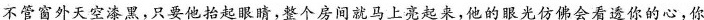
不管窗外天空漆黑，只要他抬起眼睛，整个房间就马上亮起来，他的眼光仿佛会看透你的心，你